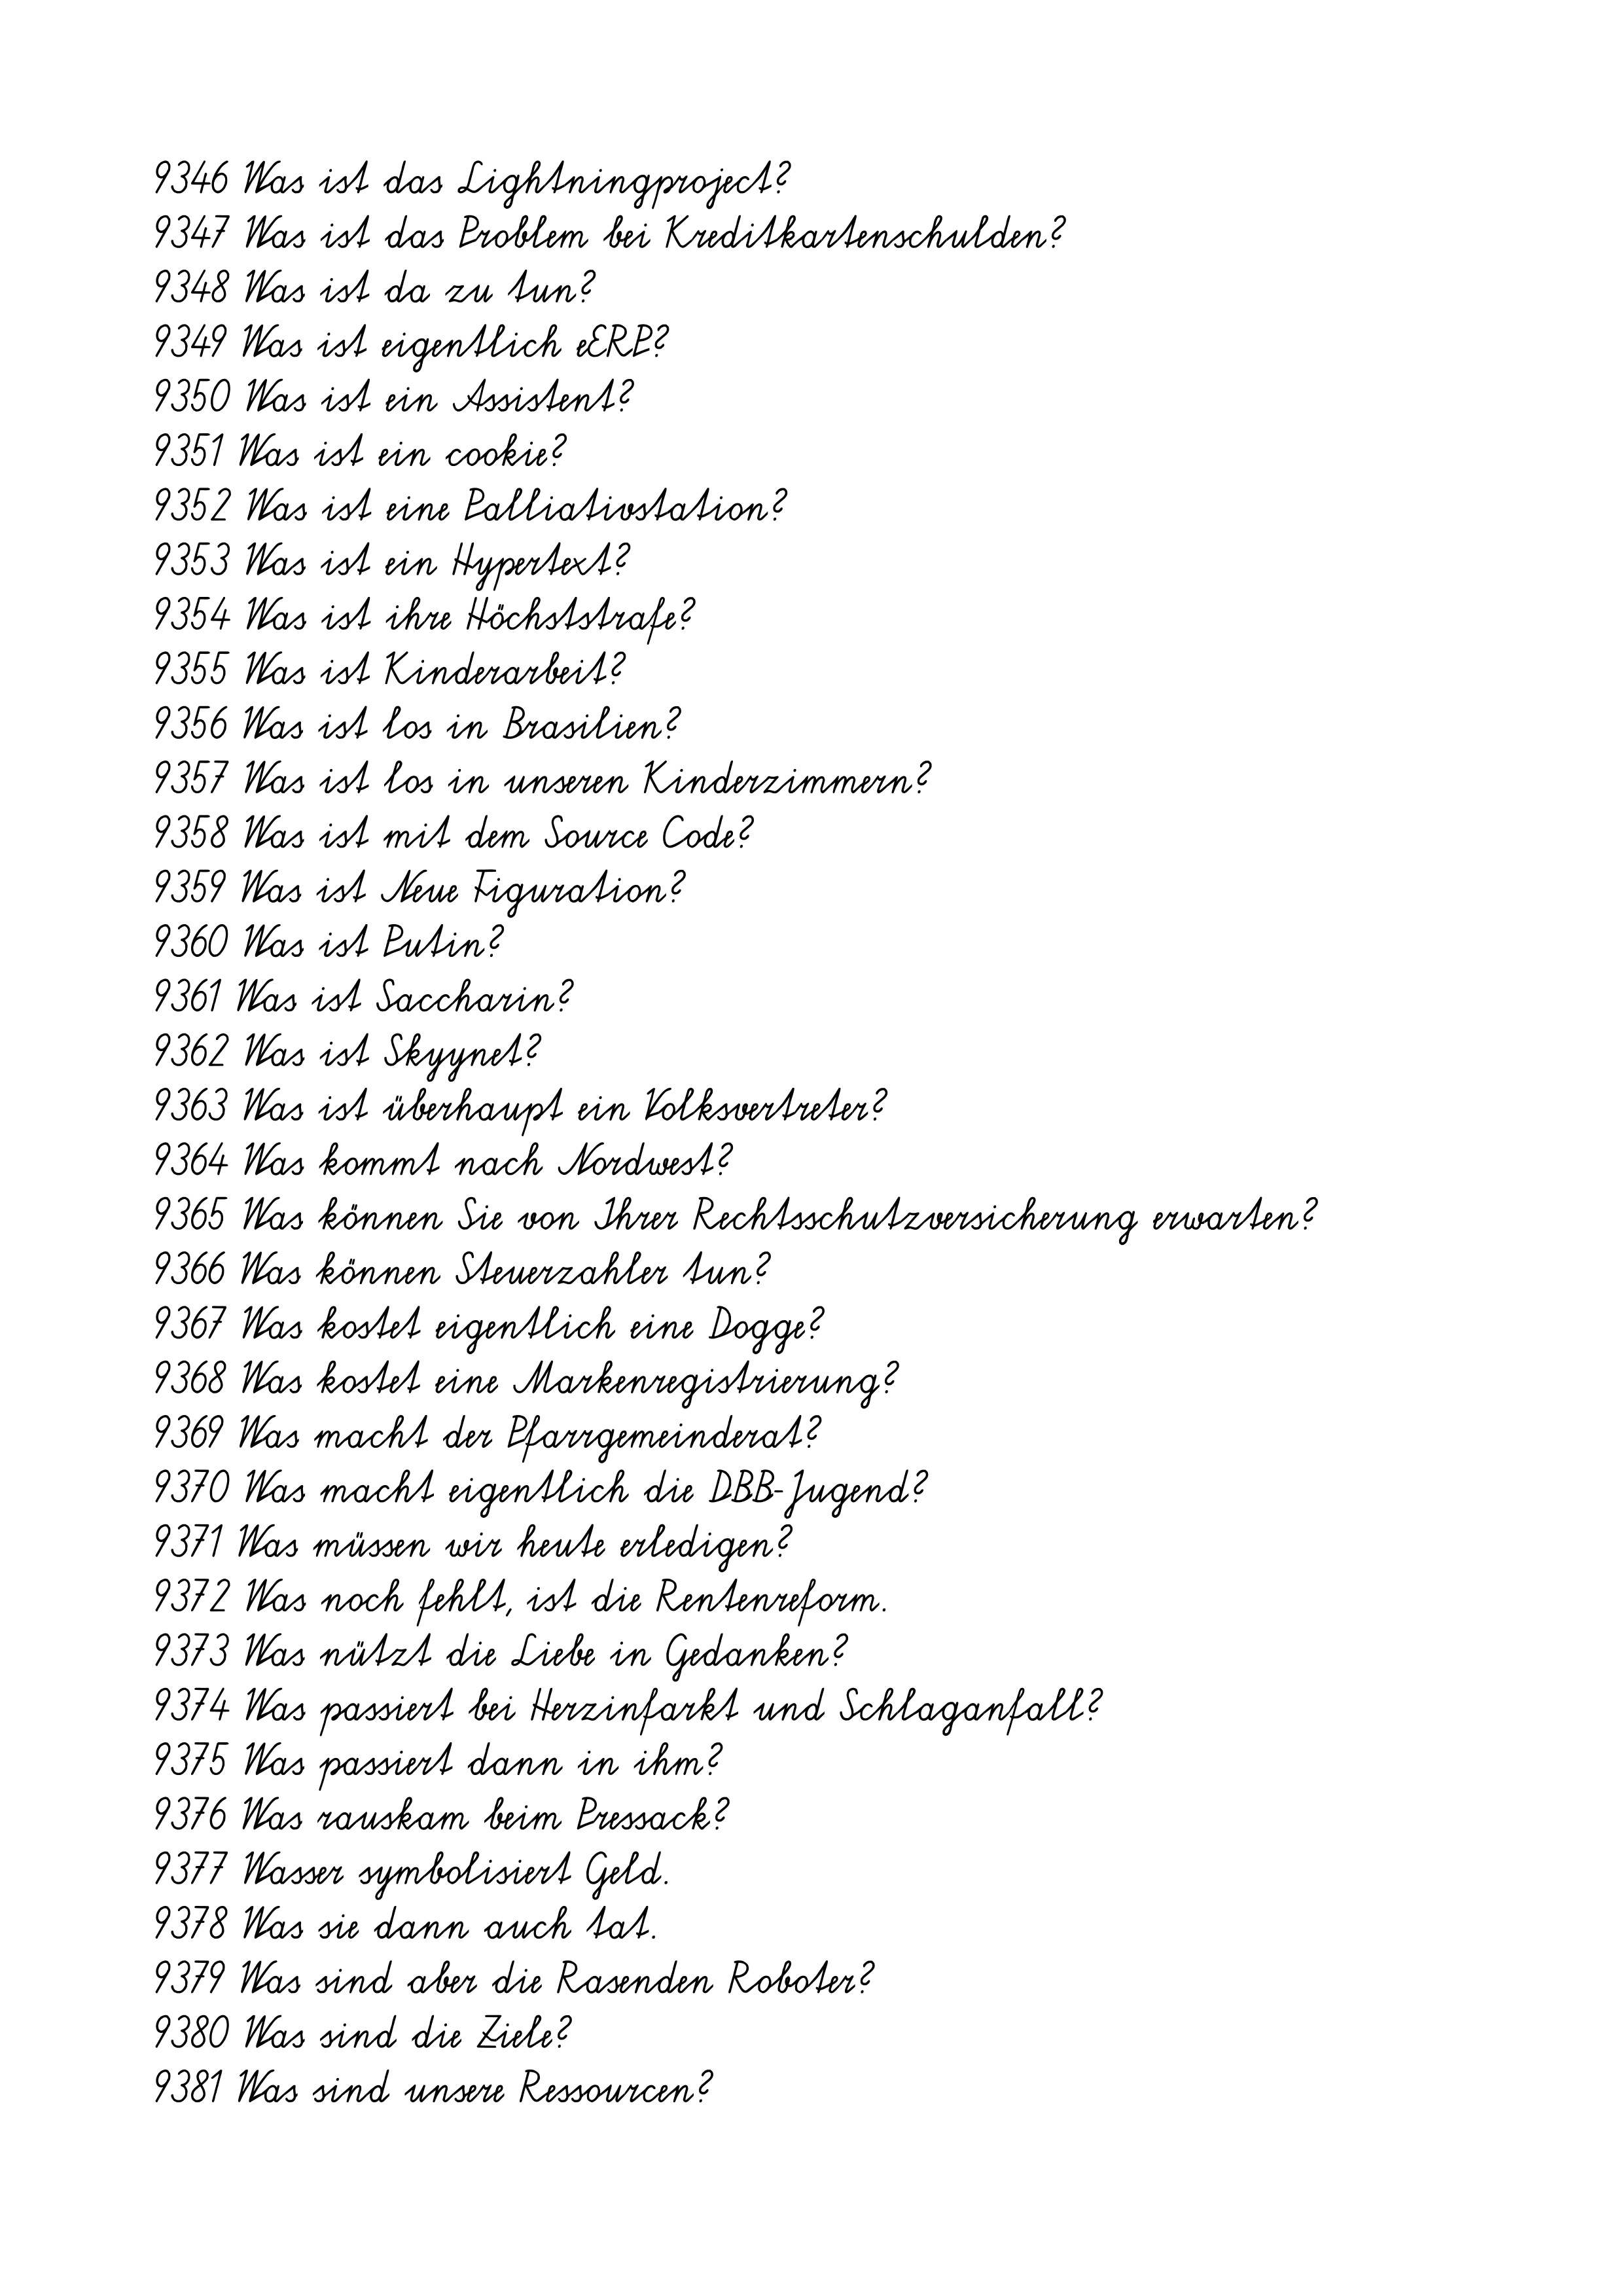
9346 Was ist das Lightningproject?
9347 Was ist das Problem bei Kreditkartenschulden?
9348 Was ist da zu tun?
9349 Was ist eigentlich eERP?
9350 Was ist ein Assistent?
9351 Was ist ein cookie?
9352 Was ist eine Palliativstation?
9353 Was ist ein Hypertext?
9354 Was ist ihre Höchststrafe?
9355 Was ist Kinderarbeit?
9356 Was ist los in Brasilien?
9357 Was ist los in unseren Kinderzimmern?
9358 Was ist mit dem Source Code?
9359 Was ist Neue Figuration?
9360 Was ist Putin?
9361 Was ist Saccharin?
9362 Was ist Skyynet?
9363 Was ist überhaupt ein Volksvertreter?
9364 Was kommt nach Nordwest?
9365 Was können Sie von Ihrer Rechtsschutzversicherung erwarten?
9366 Was können Steuerzahler tun?
9367 Was kostet eigentlich eine Dogge?
9368 Was kostet eine Markenregistrierung?
9369 Was macht der Pfarrgemeinderat?
9370 Was macht eigentlich die DBB-Jugend?
9371 Was müssen wir heute erledigen?
9372 Was noch fehlt, ist die Rentenreform.
9373 Was nützt die Liebe in Gedanken?
9374 Was passiert bei Herzinfarkt und Schlaganfall?
9375 Was passiert dann in ihm?
9376 Was rauskam beim Pressack?
9377 Wasser symbolisiert Geld.
9378 Was sie dann auch tat.
9379 Was sind aber die Rasenden Roboter?
9380 Was sind die Ziele?
9381 Was sind unsere Ressourcen?